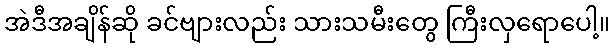
အဲဒီအချိန်ဆို ခင်ဗျားလည်း သားသမီးတွေ ကြီးလှရောပေါ့။